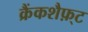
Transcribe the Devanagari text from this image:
क्रैंकशैफ़्ट